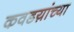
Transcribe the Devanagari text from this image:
कवडय़ांच्या